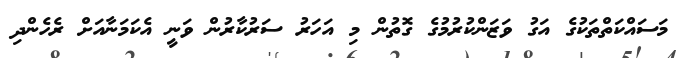
މަސައްކަތްތަކުގެ އަގު ވަޒަންކުރުމުގެ ގޮތުން މި އަހަރު ސަރުކާރުން ވަނީ އެކަމަނާއަށް ރެހެންދި